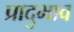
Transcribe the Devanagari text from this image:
प्रादुभाव